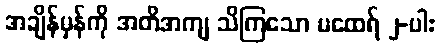
အချိန်မှန်ကို အတိအကျ သိကြသော မထေရ် ၂-ပါး